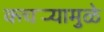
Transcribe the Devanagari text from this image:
कचर्‍यामुळे